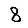
Digit: 8